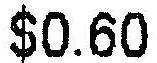
$0.60